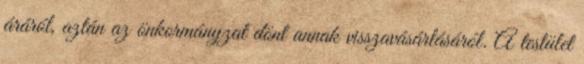
áráról, aztán az önkormányzat dönt annak visszavásárlásáról. A testület